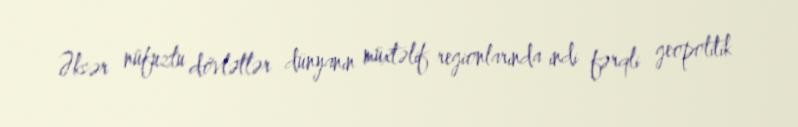
Əksər nüfuzlu dövlətlər dünyanın müxtəlif regionlarında indi fərqli geopolitik